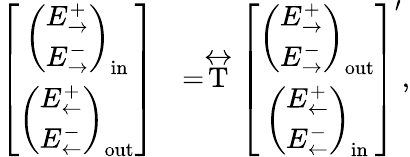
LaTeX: \begin{array}{rl}{\left[\begin{array}{c}{\left(\begin{array}{c}{E_{\rightarrow}^{+}}\\ {E_{\rightarrow}^{-}}\end{array}\right)_{\mathrm{in}}}\\ {\left(\begin{array}{c}{E_{\leftarrow}^{+}}\\ {E_{\leftarrow}^{-}}\end{array}\right)_{\mathrm{out}}}\end{array}\right]}&{=\stackrel{\leftrightarrow}{\mathrm{T}}\left[\begin{array}{c}{\left(\begin{array}{c}{E_{\rightarrow}^{+}}\\ {E_{\rightarrow}^{-}}\end{array}\right)_{\mathrm{out}}}\\ {\left(\begin{array}{c}{E_{\leftarrow}^{+}}\\ {E_{\leftarrow}^{-}}\end{array}\right)_{\mathrm{in}}}\end{array}\right]^{\prime},}\end{array}